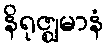
နိရုဇ္ဈမာနံ